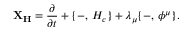
{ \bf X _ { H } } = { \frac { \partial } { \partial t } } + \{ - , \, H _ { c } \} + \lambda _ { \mu } \{ - , \, \phi ^ { \mu } \} .